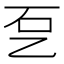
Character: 乭